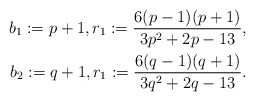
\begin{align*}b_1:=p+1, r_1:=\frac{6(p-1)(p+1)}{3p^2+2p-13}, \\b_2:=q+1, r_1:=\frac{6(q-1)(q+1)}{3q^2+2q-13}.\end{align*}